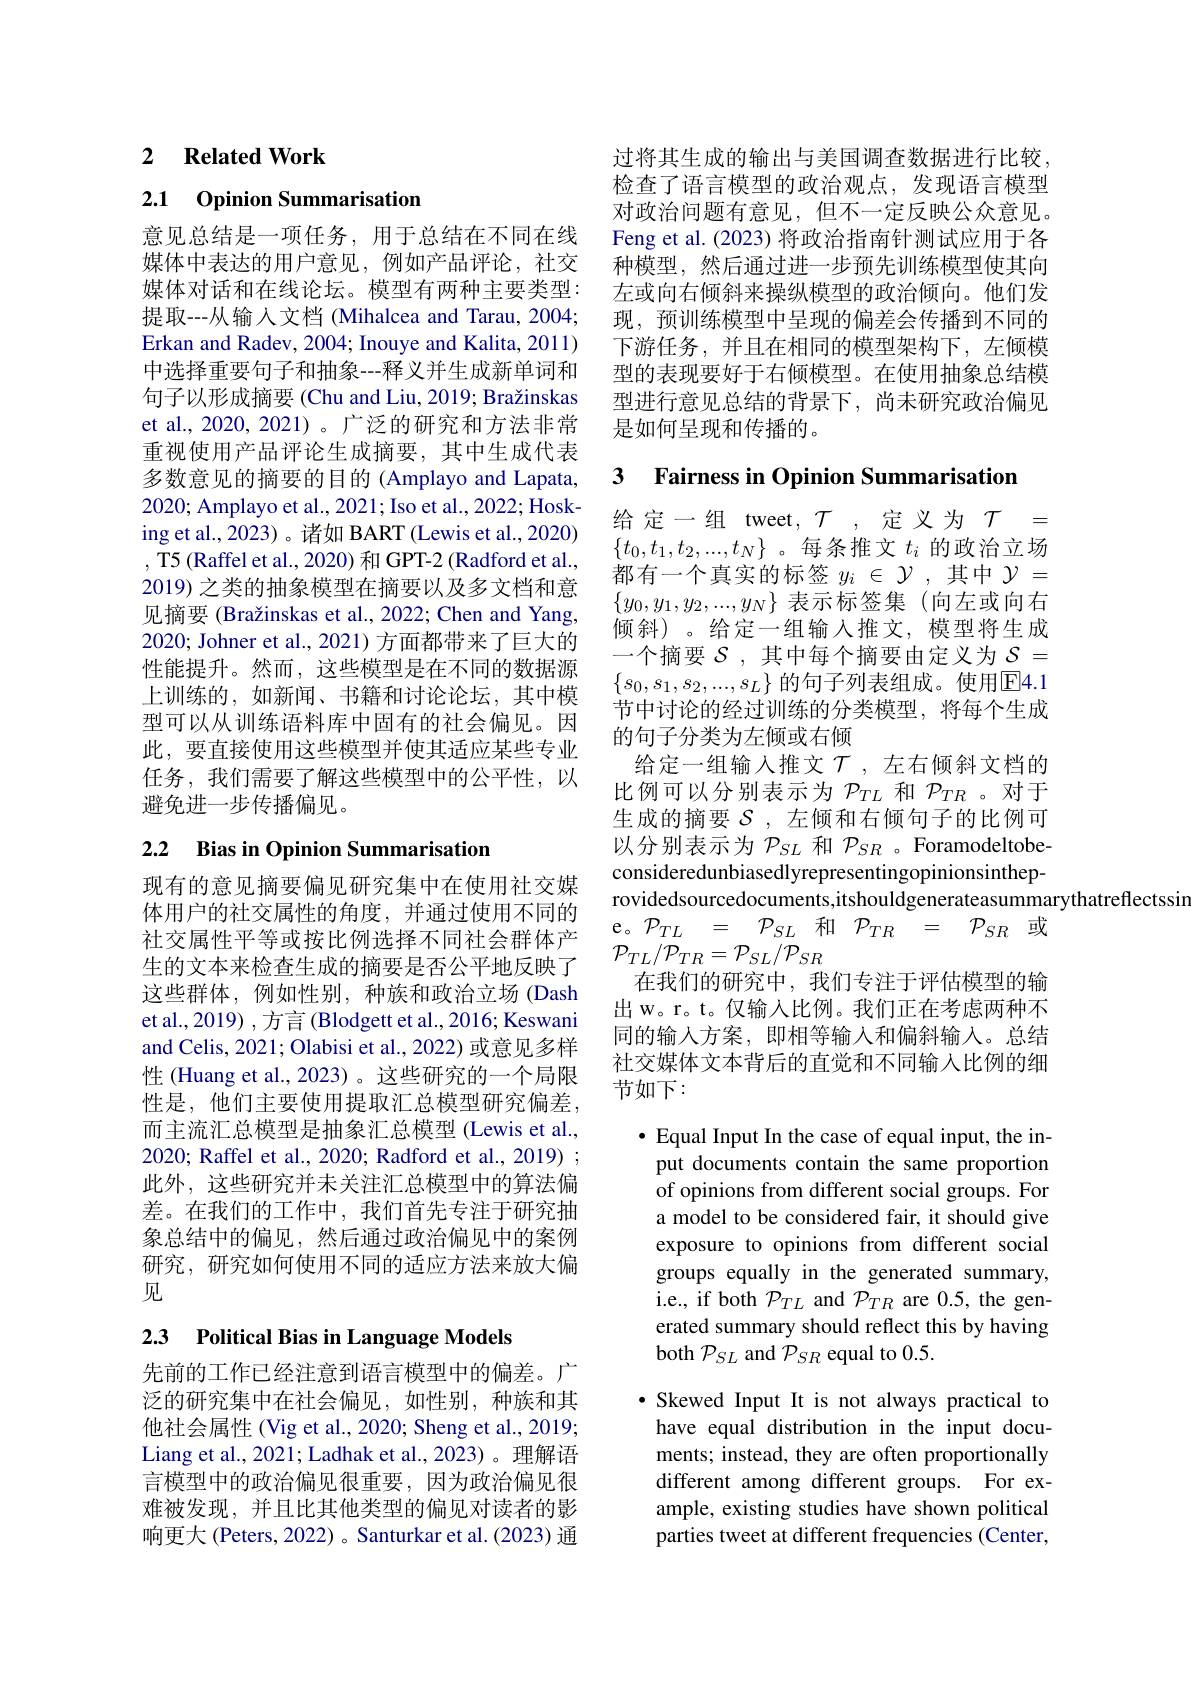
## 2 $\textbf{Related Work}$

2.1 0pinion Summarisation

意见总结是一项任务，用于总结在不同在线媒体中表达的用户意见，例如产品评论，社交媒体对话和在线论坛。模型有两种主要类型： 提取---从输入文档 (Mihalcea and Tarau, 2004; Erkan and Radev, 2004; Inouye and Kalita, 2011) 中选择重要句子和抽象---释义并生成新单词和句子以形成摘要 (Chu and Liu, 2019; Bražinskas et al., 2020, 2021)。广泛的研究和方法非常重视使用产品评论生成摘要，其中生成代表多数意见的摘要的目的 (Amplayo and Lapata, 2020; Amplayo et al., 2021; Iso et al., 2022; Hosking et al., 2023) 。诸如 BART (Lewis et al., 2020) , T5 (Raffel et al., 2020) 和 GPT-2 (Radford et al., 2019) 之类的抽象模型在摘要以及多文档和意见摘要 (Bražinskas et al., 2022; Chen and Yang, 2020; Johner et al., 2021) 方面都带来了巨大的性能提升。然而，这些模型是在不同的数据源上训练的，如新闻、书籍和讨论论坛，其中模型可以从训练语料库中固有的社会偏见。因此，要直接使用这些模型并使其适应某些专业任务，我们需要了解这些模型中的公平性，以避免进一步传播偏见。

# 2.2 Bias in Opinion Summarisation

现有的意见摘要偏见研究集中在使用社交媒体用户的社交属性的角度，并通过使用不同的社交属性平等或按比例选择不同社会群体产生的文本来检查生成的摘要是否公平地反映了这些群体，例如性别，种族和政治立场(Dash et al., 2019) , 方言 (Blodgett et al., 2016; Keswani and Celis, 2021; Olabisi et al., 2022) 或意见多样性 (Huang et al.,2023)。这些研究的一个局限性是，他们主要使用提取汇总模型研究偏差， 而主流汇总模型是抽象汇总模型 (Lewis et al., 2020; Raffel et al., 2020; Radford et al., 2019) ; 此外，这些研究并未关注汇总模型中的算法偏差。在我们的工作中，我们首先专注于研究抽象总结中的偏见，然后通过政治偏见中的案例研究，研究如何使用不同的适应方法来放大偏见

## 2.3 $\textbf{Political Bias in Language Models}$

先前的工作已经注意到语言模型中的偏差。广泛的研究集中在社会偏见，如性别，种族和其他社会属性 (Vig et al., 2020; Sheng et al., 2019; Liang et al., 2021; Ladhak et al., 2023)。理解语言模型中的政治偏见很重要，因为政治偏见很难被发现，并且比其他类型的偏见对读者的影响更大 (Peters, 2022) 。Santurkar et al. (2023) 通

过将其生成的输出与美国调查数据进行比较， 检查了语言模型的政治观点，发现语言模型对政治问题有意见，但不一定反映公众意见。Feng et al. (2023) 将政治指南针测试应用于各种模型，然后通过进一步预先训练模型使其向左或向右倾斜来操纵模型的政治倾向。他们发现，预训练模型中呈现的偏差会传播到不同的下游任务，并且在相同的模型架构下，左倾模型的表现要好于右倾模型。在使用抽象总结模型进行意见总结的背景下，尚未研究政治偏见是如何呈现和传播的。

## 3 Fairness in Opinion Summarisation

给定一组 tweet,$\mathcal{T}$,定义为$\mathcal{T}=$ $\{t_0,t_1,t_2,...,t_N\}$。每条推文$t_i$的政治立场都有一个真实的标签$y_i\in\mathcal{Y}$ ,其中$\mathcal{Y}=$ $\{y_0,y_1,y_2,...,y_N\}$表示标签集 (向左或向右倾斜)。给定一组输入推文，模型将生成一个摘要$\mathcal{S}$,其中每个摘要由定义为$\mathcal{S}=$ $\{s_0,s_1,s_2,...,s_L\}$ 的句子列表组成。使用$\overline\text{E4.1}$ 节中讨论的经过训练的分类模型，将每个生成的句子分类为左倾或右倾
给定一组输入推文$\mathcal{T}$,左右倾斜文档的比例可以分别表示为$\mathcal{P}_{TL}$和$\mathcal{P}_{TR}$ 。对于生成的摘要$S$,左倾和右倾句子的比例可以分别表示为$\mathcal{P}_SL$和$\mathcal{P}_SR$ 。Foramodeltobeconsideredunbiasedlyrepresentingopinionsintheprovidedsourcedocuments,itshouldgenerateasummarythatreflectssin
$\begin{array}{cccccc}{\mathrm{e。}}{\mathcal{P}_{TL}}&{=}&{\mathcal{P}_{SL}}&{\text{和}}&{\mathcal{P}_{TR}}&{=}&{{\mathcal{P}}_{SR}}&{\text{或}}\end{array}$
$\mathcal{P}_{TL}/\mathcal{P}_{TR}=\mathcal{P}_{SL}/\mathcal{P}_{SR}$
在我们的研究中，我们专注于评估模型的输出 w。r。t。仅输入比例。我们正在考虑两种不同的输入方案，即相等输入和偏斜输入。总结社交媒体文本背后的直觉和不同输入比例的细节如下：

$\bullet$ Equal Input In the case of equal input, the input documents contain the same proportion of opinions from different social groups. For a model to be considered fair, it should give exposure to opinions from different social groups equally in the generated summary, i.e., if both $P_{TL}$ and $\mathcal{P}_{TR}$ are 0.5, the generated summary should reflect this by having both $\mathcal{P}_SL$ and $\mathcal{P}_SR$ equal to 0.5.

$\bullet$ Skewed Input It is not always practical to have equal distribution in the input documents; instead, they are often proportionally different among different groups. For example, existing studies have shown political parties tweet at different frequencies (Center,